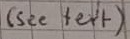
Text: (see text)